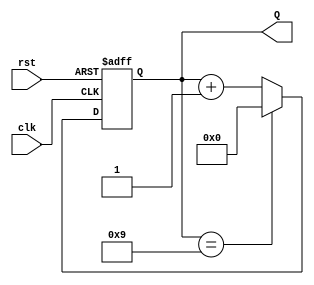
module bcd_counter (
    input wire clk,      // Clock input
    input wire rst,      // Asynchronous reset input
    output reg [3:0] Q   // 4-bit BCD output
);

// Always block triggered on the rising edge of the clock or when reset is asserted
always @(posedge clk or posedge rst) begin
    if (rst) begin
        Q <= 4'b0000; // Reset the counter to 0
    end else begin
        if (Q == 4'b1001) begin
            Q <= 4'b0000; // Reset to 0 after reaching 9
        end else begin
            Q <= Q + 1; // Increment the counter
        end
    end
end

endmodule